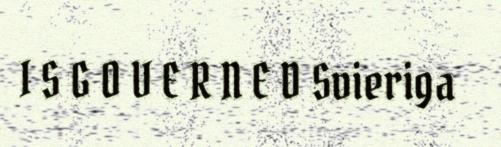
I S G O V E R N E D Svieriga